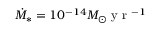
\dot { M } _ { * } = 1 0 ^ { - 1 4 } M _ { \odot } \mathrm { ~ y ~ r ~ } ^ { - 1 }